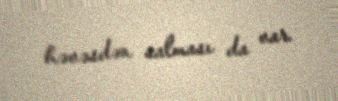
həvəsdən salması da var.